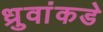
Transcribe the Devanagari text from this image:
ध्रुवांकडे